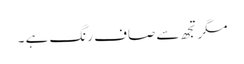
مگرتجھ سے صاف رنگ ہے ۔